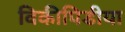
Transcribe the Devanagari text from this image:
विकीपिडीया